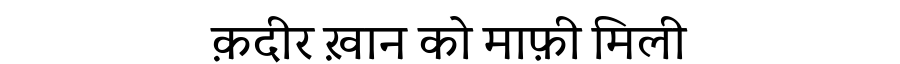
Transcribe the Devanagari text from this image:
क़दीर ख़ान को माफ़ी मिली